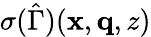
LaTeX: \sigma(\hat{\Gamma})(\mathbf{x},\mathbf{q},z)